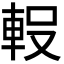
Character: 𮝇